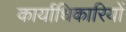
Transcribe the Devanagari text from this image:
कार्याधिकारियों